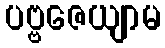
ပဗ္ဗဇေယျာမ